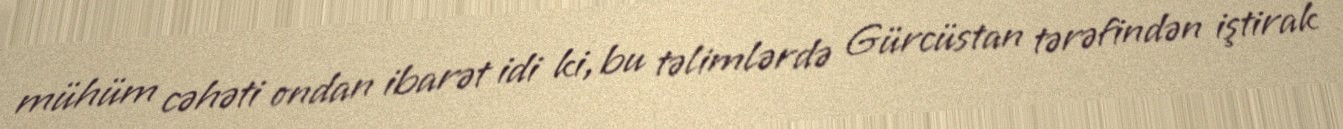
mühüm cəhəti ondan ibarət idi ki, bu təlimlərdə Gürcüstan tərəfindən iştirak